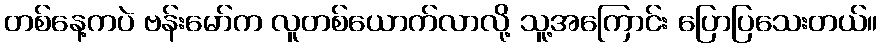
တစ်နေ့ကပဲ ဗန်းမော်က လူတစ်ယောက်လာလို့ သူ့အကြောင်း ပြောပြသေးတယ်။